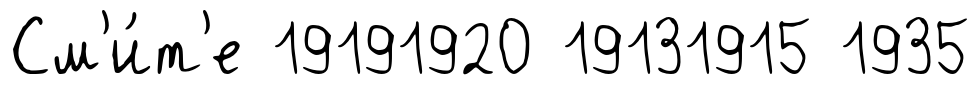
См'и́т'е 19191920 19131915 1935